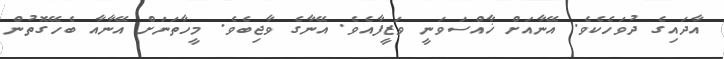
އާދައިގެ ދުވަހެކެވެ. އޭނާއަށް ޚާއްސަވަނީ ވަޒީފާއެވެ. އޭނާގެ ވާޖިބެވެ. މީހާތަނަށް އޭނާއާ ބެހޭގޮތުން